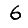
Digit: 6